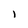
Character: l